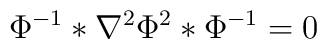
\Phi^{-1} * \nabla^2 \Phi^2 * \Phi^{-1} = 0